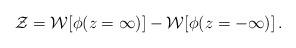
LaTeX: \begin{align*}{\cal Z} = {\cal W}[\phi (z=\infty )]-{\cal W}[\phi (z=-\infty )]\, .\end{align*}